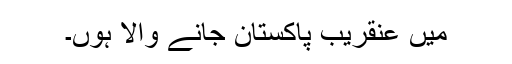
میں عنقریب پاکستان جانے والا ہوں۔